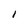
Character: l